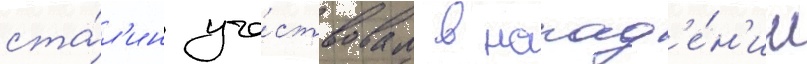
ста́л'ин уча́ствовал в напад'е́н'ии